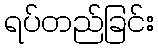
ရပ်တည်ခြင်း